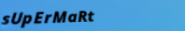
sUpErMaRt